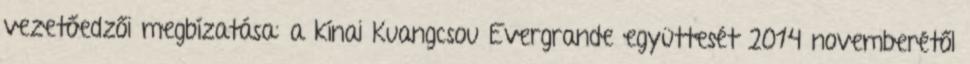
vezetőedzői megbízatása: a kínai Kuangcsou Evergrande együttesét 2014 novemberétől